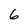
Character: 6